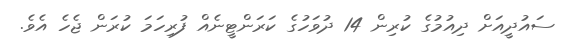
ސައުދީއަށް ދިއުމުގެ ކުރިން 14 ދުވަހުގެ ކަރަންޓީނެއް ފުރިހަމަ ކުރަން ޖެހެ އެވެ.